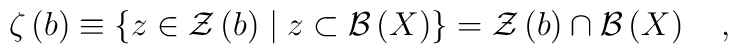
\zeta \left( b\right) \equiv \left\{ z\in {\cal Z}\left(b\right) \mid z\subset {\cal B}\left( X\right) \right\} ={\cal Z}\left(b\right) \cap {\cal B}\left( X\right) \quad ,